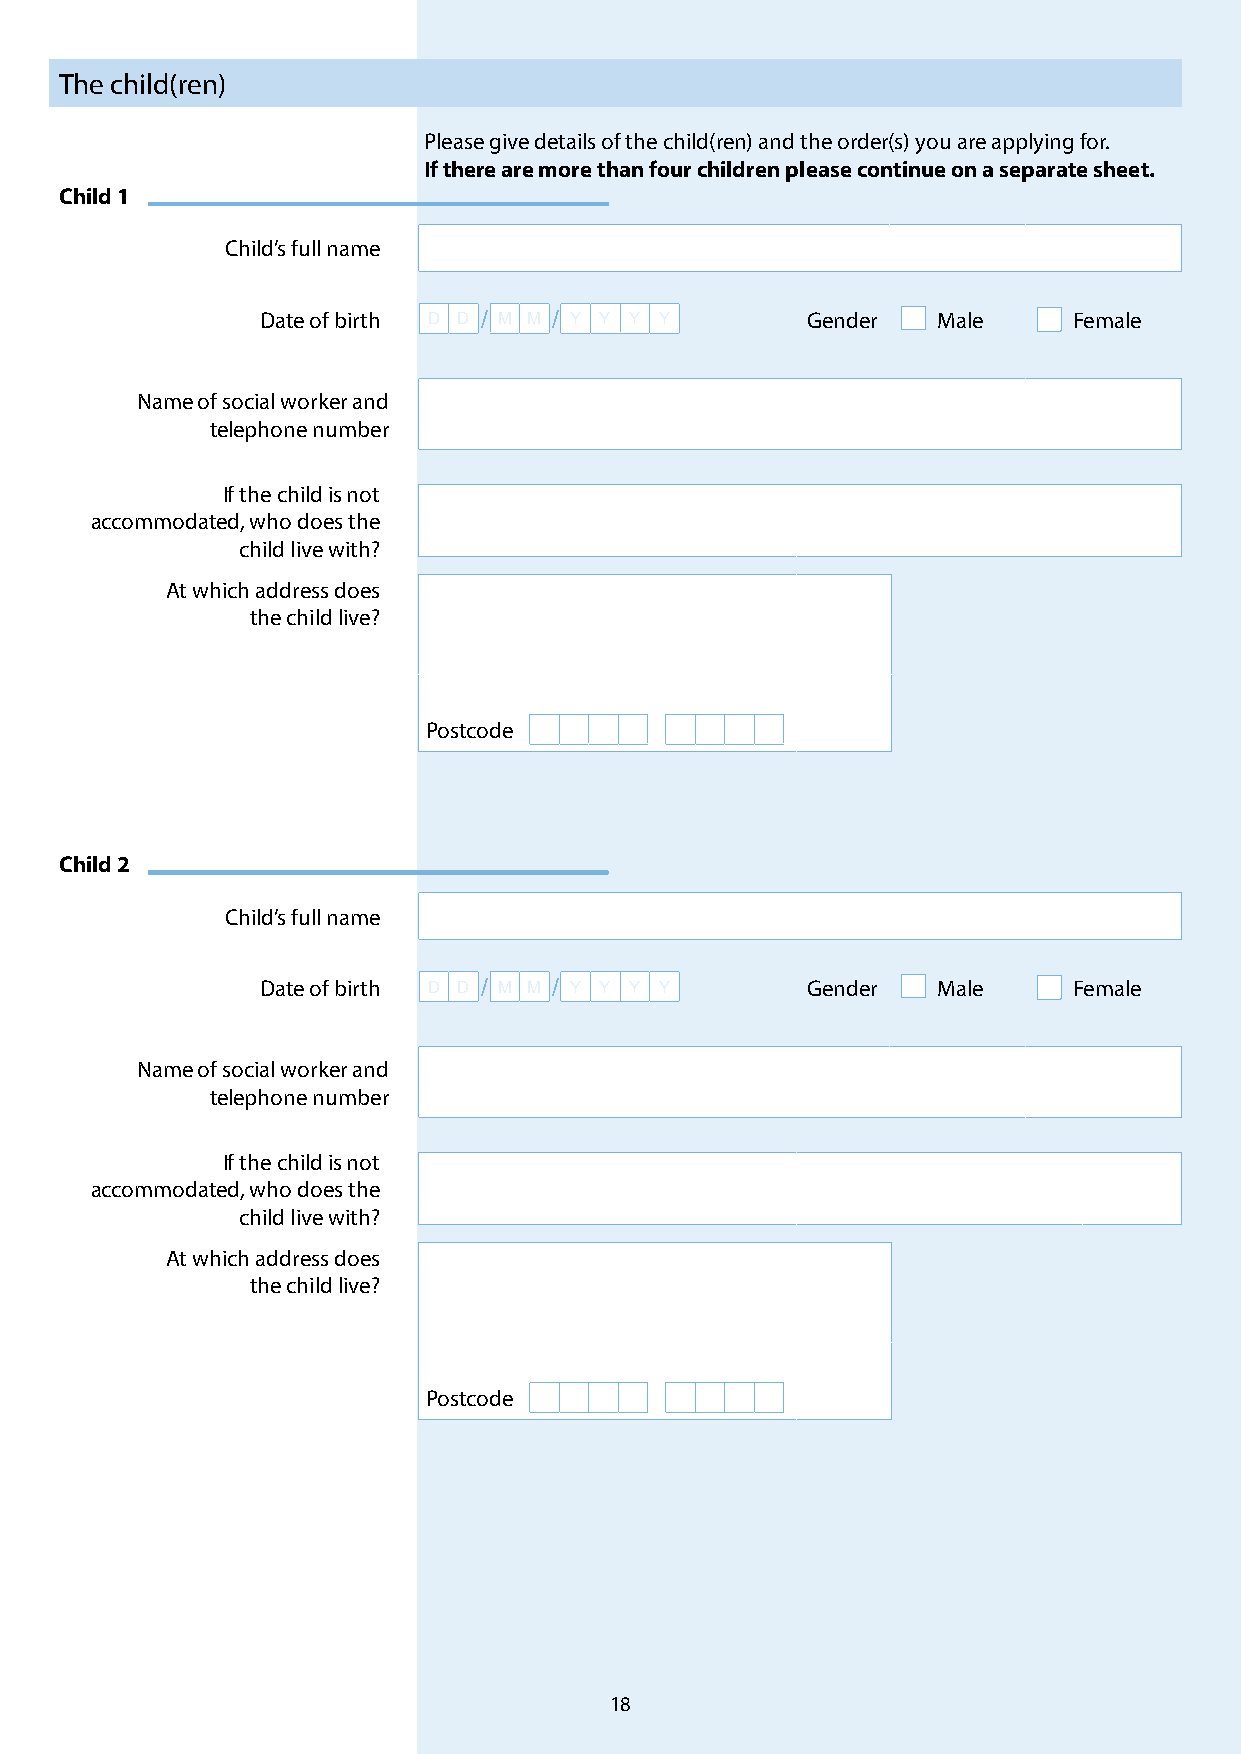
The child(ren)
 Please give details of the child(ren) and the order(s) you are applying for.
 If there are more than four children please continue on a separate sheet.
 Child 1
 Child’s full name
 Date of birth D D / M M / Y Y Y Y   Gender   Male     Female
 Name of social worker and
 telephone number
 If the child is not
 accommodated, who does the
 child live with?
 At which address does
 the child live?
 Postcode
 Child 2
 Child’s full name
 Date of birth D D / M M / Y Y Y Y   Gender   Male     Female
 Name of social worker and
 telephone number
 If the child is not
 accommodated, who does the
 child live with?
 At which address does
 the child live?
 Postcode
 18